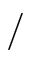
/